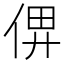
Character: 𠉶